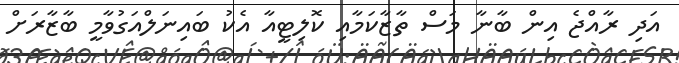
އަދި ރާއްޖެ އިން ބާނާ މަސް ތާޒާކަމާއި ކޮލިޓީއާ އެކު ބައިނަލްއަގުވާމީ ބާޒާރަށް